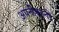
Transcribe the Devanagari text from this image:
अपनीबहनों